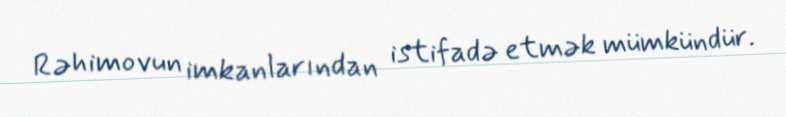
Rəhimovun imkanlarından istifadə etmək mümkündür.